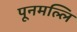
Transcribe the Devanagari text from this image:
पूनमल्लि